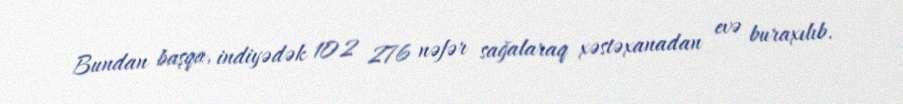
Bundan başqa, indiyədək 102 276 nəfər sağalaraq xəstəxanadan evə buraxılıb.